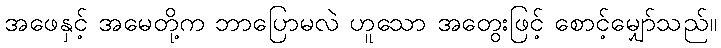
အဖေနှင့် အမေတို့က ဘာပြောမလဲ ဟူသော အတွေးဖြင့် စောင့်မျှော်သည်။